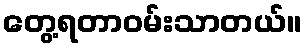
တွေ့ရတာဝမ်းသာတယ်။